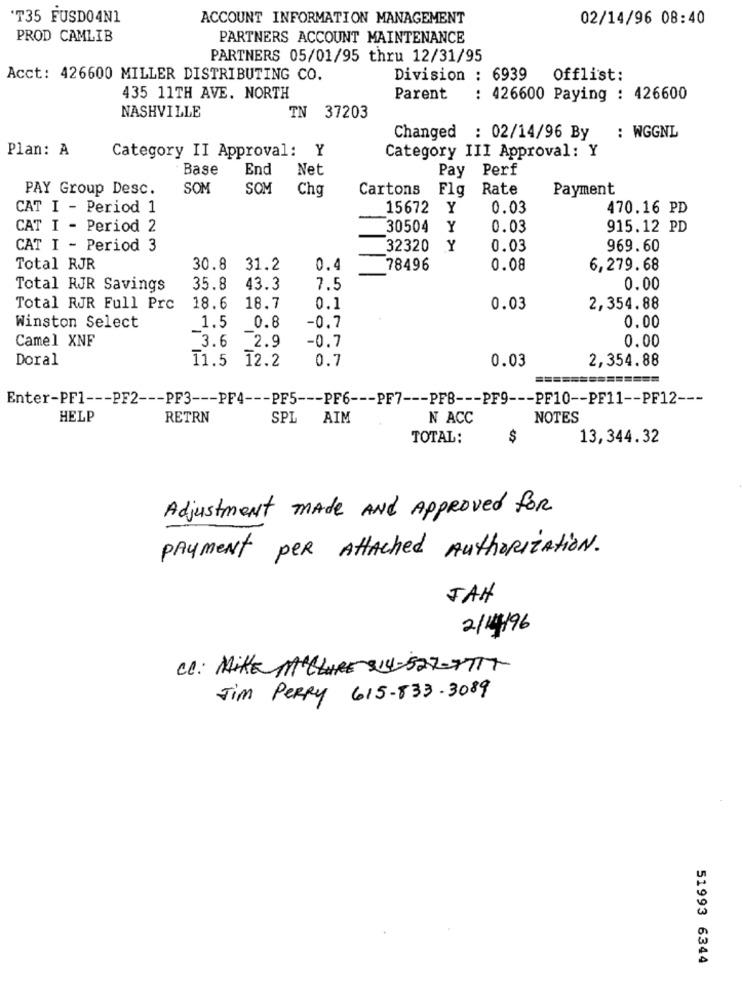
'T35 FUSDO4N1
ACCOUNT INFORMATION MANAGEMENT
02/14/96 08:40
PROD CAMLIB
PARTNERS ACCOUNT MAINTENANCE
PARTNERS 05/01/95 thru 12/31/95
Acct: 426600 MILLER DISTRIBUTING CO.
Division : 6939
Offlist:
435 11TH AVE. NORTH
Parent
: 426600 Paying : 426600
NASHVILLE
TN 37203
Changed : 02/14/96 By
: WGGNL
Plan: A
Category II Approval: Y
Category III Approval: Y
Base
End
Net
Pay Perf
PAY Group Desc.
SOM
SOM
Chg
Cartons Flg
Rate
Payment
CAT I - Period 1
15672 Y
0.03
470.16 PD
CAT I - Period 2
30504
Y
0.03
915.12 PD
CAT I - Period 3
32320
Y
0.03
969.60
Total RJR
30.8 31.2
0.4
78496
0.08
6,279.68
Total RJR Savings
35.8
43.3
7.5
0.00
Total RJR Full Prc
18.6
18.7
0.1
0.03
2,354.88
1.5
0.8
-0.7
0.00
Winston Select
Camel XNF
3.6
2.9
-0.7
0.00
Doral
11.5 12.2
0.7
0.03
2,354.88
=========
Enter-PF1 --- PF2 --- PF3 --- PF4 --- PF5 --- PF6 --- PF7 --- PFB --- PF9 --- PF10 -- PF11 -- PF12 ---
HELP
RETRN
SPL
AIM
N ACC
NOTES
TOTAL:
$
13,344.32
Adjustment made And Approved for
payment per Attached Authorization.
JAH
2/14/96
cc: MIKE MALLURES14-527-7717
Jim PERRY 615-833-3089
51993 6344